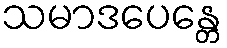
သမာဒပေန္တေ